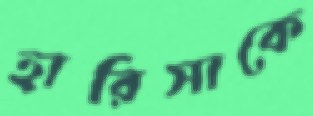
হারিসাকে